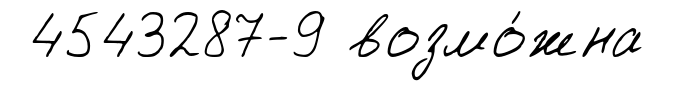
4543287-9 возмо́жна